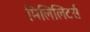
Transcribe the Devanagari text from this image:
मिलिलिटर्स